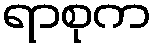
ရာစုက